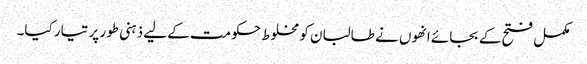
مکمل فتح کے بجائے انھوں نے طالبان کو مخلوط حکومت کے لیے ذہنی طور پر تیار کیا۔